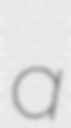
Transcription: a